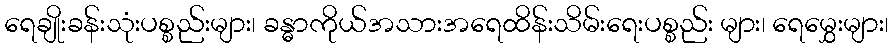
ရေချိုးခန်းသုံးပစ္စည်းများ၊ ခန္ဓာကိုယ်အသားအရေထိန်းသိမ်းရေးပစ္စည်း များ၊ ရေမွှေးများ၊